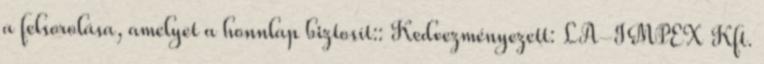
a felsorolása, amelyet a honnlap biztosít:: Kedvezményezett: LA-IMPEX Kft.